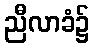
ညီလာခံ၌